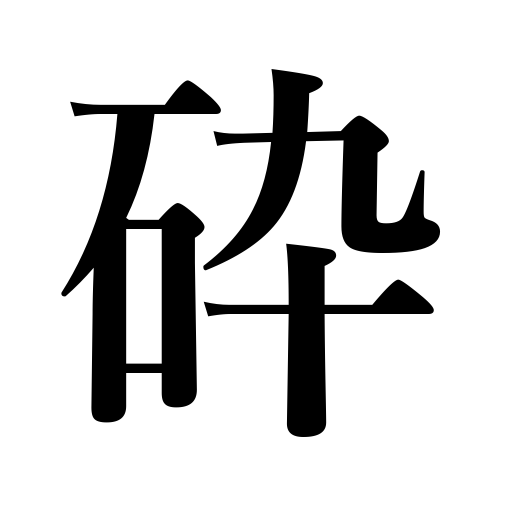
Meanings: become familiar,explain simply,pulverize,tax one's ingenuity,break,be crushed,go to pieces,crumble,smash,crush